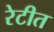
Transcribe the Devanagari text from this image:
रेटीत